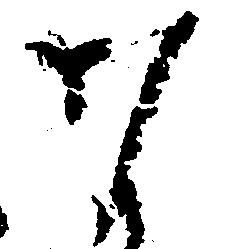
な